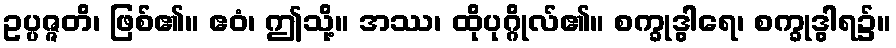
ဥပ္ပဇ္ဇတိ၊ ဖြစ်၏။ ဧဝံ၊ ဤသို့။ အဿ၊ ထိုပုဂ္ဂိုလ်၏။ စက္ခုဒွါရေ၊ စက္ခုဒွါရ၌။